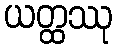
ယတ္ထဿု